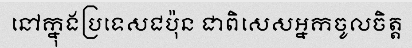
នៅក្នុងប្រទេសជប៉ុន ជាពិសេសអ្នកចូលចិត្ត